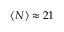
\langle N \rangle \approx 2 1